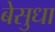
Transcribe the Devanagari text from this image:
बेसुधा